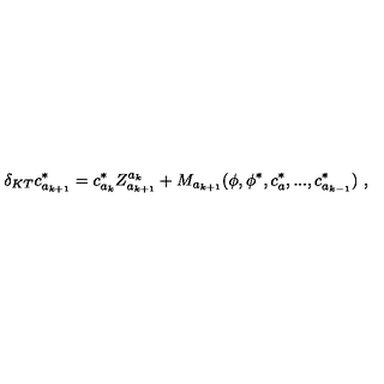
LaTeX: \delta _ { K T } c _ { a _ { k + 1 } } ^ { * } = c _ { a _ { k } } ^ { * } Z _ { a _ { k + 1 } } ^ { a _ { k } } + M _ { a _ { k + 1 } } ( \phi , \phi ^ { * } , c _ { a } ^ { * } , . . . , c _ { a _ { k - 1 } } ^ { * } ) \ ,